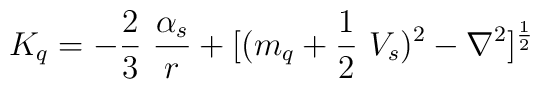
K_q= -\frac{2}{3}~\frac{\alpha_s}{r} + [(m_q +\frac{1}{2}~V_s)^2 -\nabla^2]^{\frac{1}{2}}  \nonumber